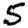
Digit: 5